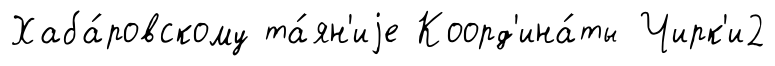
Хаба́ровскому та́ян'иjе Коорд'ина́ты Чирк'и2